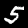
Digit: 5